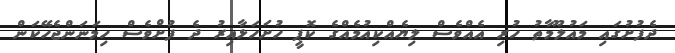
ދެފުށުގައި މައުލޫމާތު ހުރި އެއްވެސް ލިޔެއްކިއުމެއްގެ ކޮޕީ ހުށަހަޅާއިރު ދެ ފުށްވެސް ހިމަނަންޖެހޭކަން